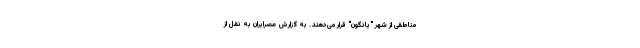
مناطقی از شهر "یانگون" قرار می‌دهند. به گزارش عصرایران به نقل از